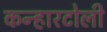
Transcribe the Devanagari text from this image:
कन्हारटोली